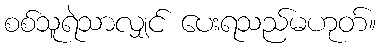
စစ်သူရဲသာလျှင် ပေးရသည်မဟုတ်။